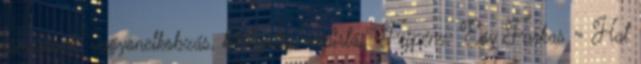
ismerősek: vagyonelkobzás, kitelepítés, népirtás. Fejpénz: Egy Farkas = Hat